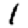
Digit: 1